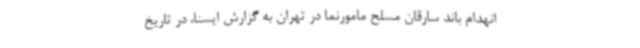
انهدام باند سارقان مسلح مامورنما در تهران به گزارش ایسنا، در تاریخ